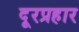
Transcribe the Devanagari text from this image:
दूरप्रहार